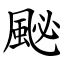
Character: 䫾